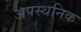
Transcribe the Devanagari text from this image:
अपस्थनिक